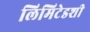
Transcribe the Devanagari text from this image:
लिमिटेडशी